Vaccination North-Western Provinces and Oudh 1878-1895 - 1878-1895
Year: 1878
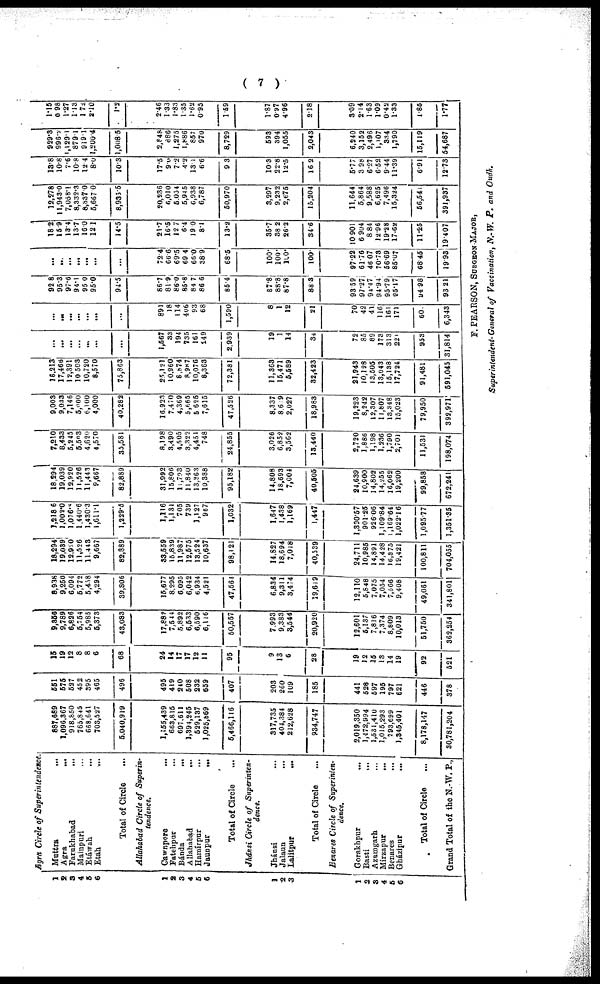
( 7 )
1
2
3
4
5
6
1
2
3
4
5
6
1
2
3
1
2
3
4
5
6
Agra Circle of Superintendence
Muttra ...
Agra
...
Farukhabad ...
Mainpuri ...
Etáwah
...
Etah ...
Total of Circle ...
Allahabad Circle of Superin-
tendence.
Cawnpore
...
Fatehpur ...
Bánda
...
Allahabad
...
Hamirpur ...
Jaunpur
...
Total of Circle ...
Jhánsi Circle of Superinten-
dence.
Jhánsi ...
Jalaun ...
Lalitpur
...
Total of Circle ...
Benares Circle of Superinten-
dence,
Gorakhpur
...
Basti
...
Azamgarh ...
Mirzapur ...
Benares ...
Gházipur
...
Total of Circle ...
Grand Total of the N.-W. P.,
887,689
1,096,367
918,850
765,845
668,641
708,527
5.040,919
1,155,439
663,815
697,611
1,394,245
529,137
1,025,869
5,466,116
317,735
404,384
212,628
834,747
2,019,350
1,472,994
1,531,410
1,015,293 793,699
1,345,401
8,178,147
30,781,204
551
575
527
452
395
465
496
495
419
240
508
232
659
407
203
260
109
185
441
528
597
195 797
621
446
378
15
19
12
8
8
6
68
24
14
17
17
12
11
95
9
18
6
28
19
12
15
13 14
19
92
521
9,856
9,789
6,826
5,754
5,985
5,373
48,083
17,882
7,54 4
5,892
6,533
6,590
6,116
50,557
7,993
9,383
3,544
20,920
12,601
5,137
7,816
7,374 8,809
10,013
51,750
362,254
8,938
9,250
6,094
5,772
5,458
4,294
39,806
15,677
8,295
6,095
6,042
6,934
4,521
47,564
6,834
9,311
3,474
19,619
12,110
5,848
7,075
7,054 7,566
9,408
49,061
341,801
18,294
19,039
12,920
11,526
11.443
9,667
82,889
33,559
15,839
11,987
12,675
13,524
10,637
98,121
14,827
18,694
7,018
40,539
24,711
10,985
14,891
14,428 16,375
19,421
100,811
704,055
1,218.6
1,002.0
1,076.0
1.440.6
1,430.3
1,611.1
1,229.5
1,116
1,131
705
739
1,127 967
1,032
1,647
1,438
1,169
1,447
1,800.57
901.25
926.06
1,109.84 1,169.64
1,022.16
1,095.77
1,351.35
18,294
19,039
12,920
11,526
11,443
8,667
82,889
31,992
15,806
10,793
11,840
13,863
10,388
95,182
14,808
18,693
7,004
40,505
24.639
10,900
14,802
14,255
16,062
19,200
99,858
672,241
7,210
8,433
5,245
5.503
4,620
4,570
35,581
8,198
3,490
4,505
3,322
4,451
748
24,855
3,026
6,852
3,562
13,440
2,720
1,886
1,198
1,236
1,790 2,701
11,531
198,074
9,003
9,033
7,146
5,000
6,100
4,000
40,282
16,923
7,470
4,369
5,666
5,625
7,615
47,526
8,337
8.69
2,027
18,983
19,223
8,242
12,307
11,807
13,348 15,023
79,950
392,971
16,213
17,466
12,391
10,503
10,720
8,570
75,863
25,121
10,960
8,874
8,987 10,076
8,363
72,381
11,368
15,471
5,689
32,423
21,943
10,128
13,505
13,043
15,188 17,724
91,481
591,045
...
...
...
...
...
...
...
1,567
33
194
735 161
294
2,939
19
1
14
34
72
85
89
173
313 221
953
31,814
...
...
...
...
...
...
...
891
18
114
406
93
68
1,590
8
1
12
21
70
42
41
116
161 171
60
6,343
92.8
95.3
97.6
94.1
95.0
95.0
94.5
86.7
81.0
86.0
85.8
84.7
86.6
85.4
87.8
88.8
87.8
88 3
93.59
97.27
94.94
94.94
95.79
95.17
94.98
93.21
...
...
...
...
...
...
...
72.4
66.6
69.5
69.4
66.0
38.9
68.5
100.
100.
100.
100.
97.22
61.76
46.07
70.78
56.69
85.07
68.45
19.98
18.2
15.9
13.4
13.7
16.0
12.1
14.5
21.7
16.5
12.7
6.4
19.0
8.1
13.2
35.7
38.2
26.2
34.6
10.901
6.904
8.84
12.96
19.28
17.62
11.25
19.407
12,278
11,943.0
7,058.1
8,332.3
8,337.0
5,667.0
8,935.5
20,236
6,010
5,034
5,945
6,938
6,787
50,970
3,297
9,232
2,676
15,204
11,644
5,864
6,625
6,625
7,496
15,324
56,541
391,937
13.8
10.8
7.6
10.8
12.4
8.0
10.3
17.5
9.0
7.2
4.2
18.1
6.6
9.3
10.3
22.8
12.5
16.2
5.77
3.98
6.27
6.52
9.44
11.39
6.91
12.73
929.3
996.2
1,129.1
879.1
919.1
1,200.4
1,008.5
2,848
886
1,275
1,886
857
970
8,729
593
394
1,055
2,043
6,240
3,152
2,496
1,107
334
1,790
15,119
54,687
1.15
0.98
1.27
1.13
1.72
2.10
1.2
2.46
1.33
1.83
1.35
1.62
0.95
1.59
1.87
0.97
4.96
2.18
3.09
2.14
1.63
1.09
0.42
1.33
1.85
1.77
F. PEARSON, SURGEON-MAJOR,
Superintendent-General of Vaccination, N.-W. P. and Oudh.